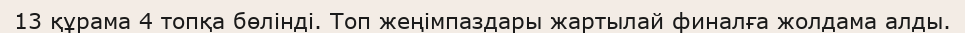
13 құрама 4 топқа бөлінді. Топ жеңімпаздары жартылай финалға жолдама алды.